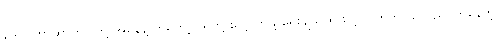
ဒေါက်တာဆာကာ တို့ အနေနဲ့ ကတော့ သူတို့ လေ့လာဖို့ ရွေးချယ်ထားတဲ့ ဂြိုဟ်က သူလည်ပတ်နေတဲ့